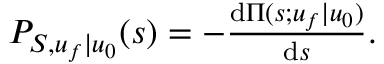
\begin{array} { r } { P _ { S , u _ { f } | u _ { 0 } } ( s ) = - \frac { \mathrm { d } \Pi ( s ; u _ { f } | u _ { 0 } ) } { \mathrm { d } s } . } \end{array}